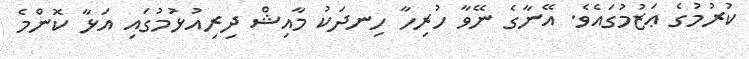
ކުރުމުގެ ޢަޒުމުގައެވެ. އޭނާގެ ނޭވާ ހުރިހާ ހިނދަކު މާއިޝް ދިރިއުޅުމުގައި އަޅާ ކޮންމެ